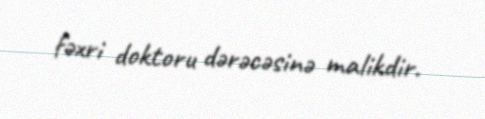
fəxri doktoru dərəcəsinə malikdir.